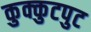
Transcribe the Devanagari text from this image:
कुक्कुटपुट